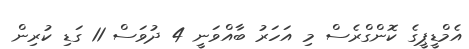
އެމްޑީޕީގެ ކޮންގްރެސް މި އަހަރު ބާއްވަނީ 4 ދުވަސް 11 ގަޑި ކުރިން